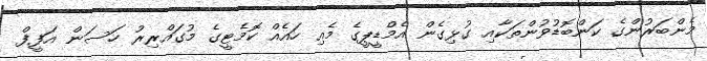
މެންބަރުންގެ ކަންބޮޑުވުންތަކާއި ގުޅިގެން އެމްޑީޕީގެ މެއި ހައެއް ކޮމެޓީގެ މުގައްރިރު ހަސަން އަފީފް